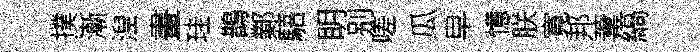
撲漸湼畫珪鵲鄴䮏眀别嗟瓜皁憶朕寛邦葦縞